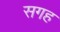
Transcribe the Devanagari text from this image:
सगह